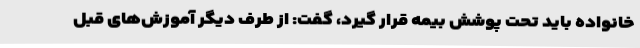
خانواده باید تحت پوشش بیمه قرار گیرد، گفت: از طرف دیگر آموزش‌های قبل